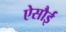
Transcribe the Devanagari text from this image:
ऐसौई